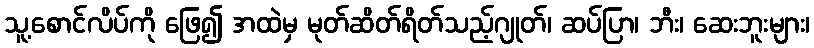
သူ့စောင်လိပ်ကို ဖြေ၍ အထဲမှ မုတ်ဆိတ်ရိတ်သည့်ဂျုတ်၊ ဆပ်ပြာ၊ ဘီး၊ ဆေးဘူးများ၊